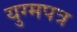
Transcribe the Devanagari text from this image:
युग्मपत्र